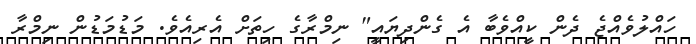
ހައްލުވެއްޖެ ދެން ކީއްވެބާ އެ ގެންދިޔައީ" ނިމްރާގެ ހިތަށް އެރިއެވެ. މަޑުމަޑުން ނިމްރާ